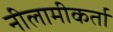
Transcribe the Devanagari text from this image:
नीलामीकर्ता